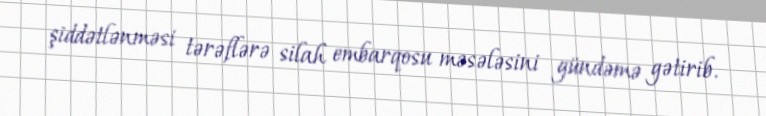
şiddətlənməsi tərəflərə silah embarqosu məsələsini gündəmə gətirib.